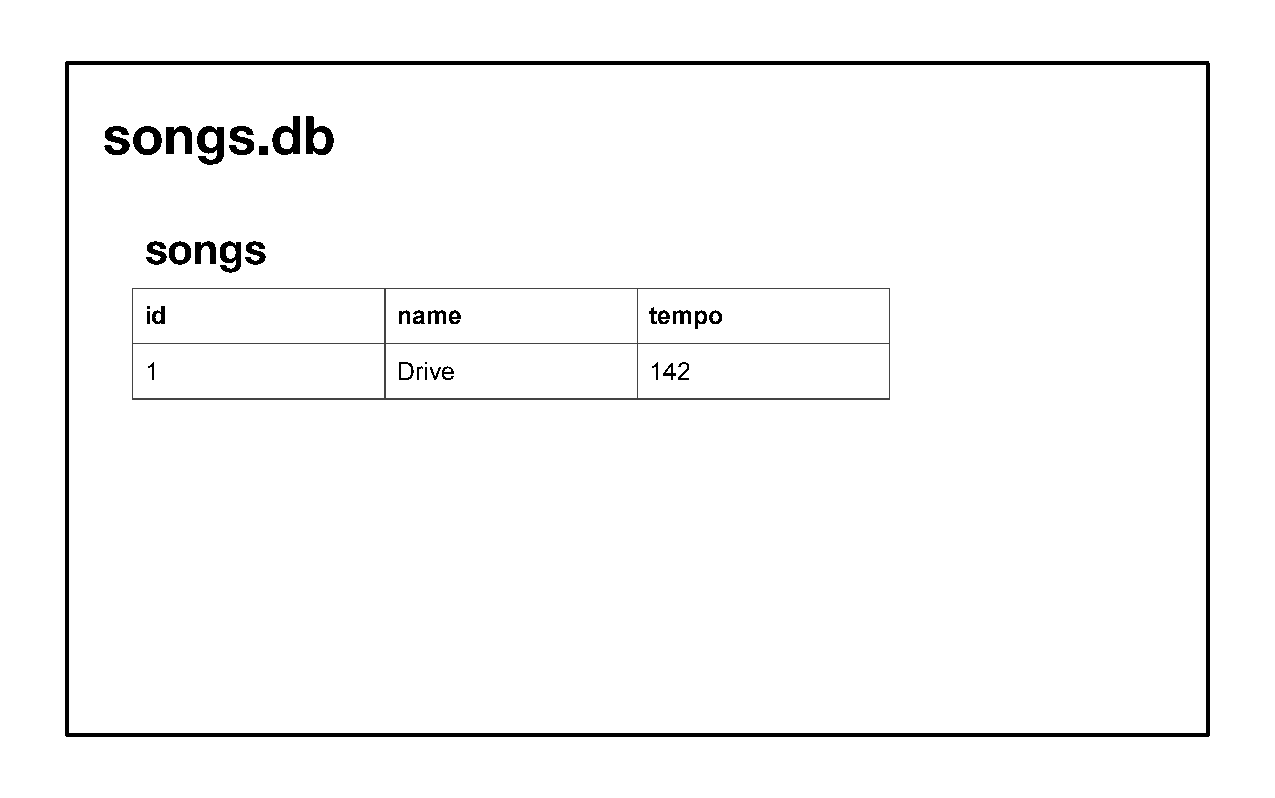
songs.db
 songs
 id              name             tempo
 1               Drive            142